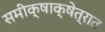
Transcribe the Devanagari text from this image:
समीक्षाक्षेत्रात